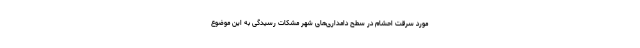
مورد سرقت احشام در سطح دامداری‌های شهر مشکات رسیدگی به این موضوع